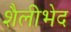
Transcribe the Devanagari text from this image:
शैलीभेद